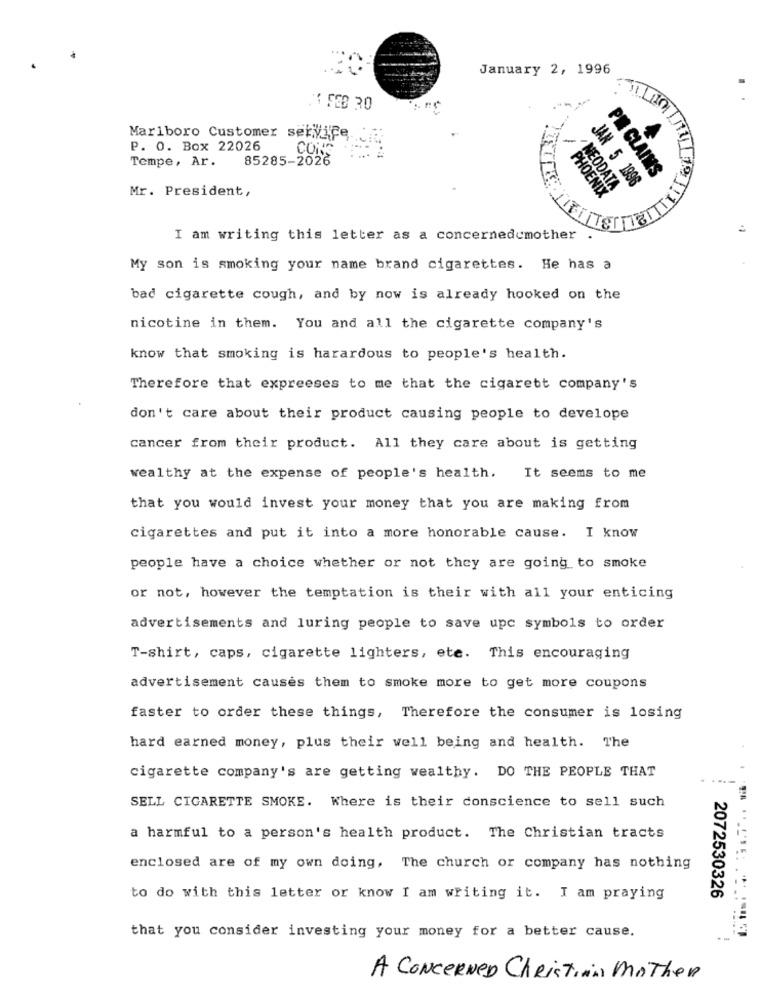
January 2, 1996
Marlboro Customer service
P. O. Box 22026
CONC
Tempe, Ar.
85285-2026
PM CLAIMS
Mr. President,
NEODATA
JAN 5 1996
PHOENIX
I am writing this letter as a concernedcmother
My son is smoking your name brand cigarettes. He has a
bad cigarette cough, and by now is already hooked on the
nicotine in them. You and all the cigarette company's
know that smoking is harardous to people's health.
Therefore that expreeses to me that the cigarett company's
don't care about their product causing people to develope
cancer from their product. All they care about is getting
wealthy at the expense of people's health.
It seems to me
that you would invest your money that you are making from
cigarettes and put it into a more honorable cause. I know
people have a choice whether or not they are going to smoke
or not, however the temptation is their with all your enticing
advertisements and luring people to save upc symbols to order
T-shirt, caps, cigarette lighters, ete. This encouraging
advertisement causes them to smoke more to get more coupons
faster to order these things, Therefore the consumer is losing
hard earned money, plus their well being and health. The
cigarette company's are getting wealthy. DO THE PEOPLE THAT
SELL CIGARETTE SMOKE. Where is their conscience to sell such
a harmful to a person's health product. The Christian tracts
enclosed are of my own doing, The church or company has nothing
to do with this letter or know I am writing it. I am praying
2072530326
that you consider investing your money for a better cause.
A CONCERNED Christian MATher